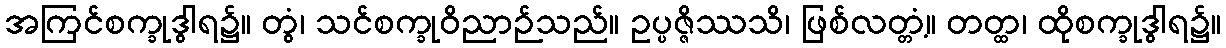
အကြင်စက္ခုဒွါရ၌။ တွံ၊ သင်စက္ခုဝိညာဉ်သည်။ ဥပ္ပဇ္ဇိဿသိ၊ ဖြစ်လတ္တံ့။ တတ္ထ၊ ထိုစက္ခုဒွါရ၌။